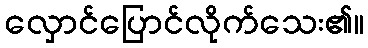
လှောင်ပြောင်လိုက်သေး၏။